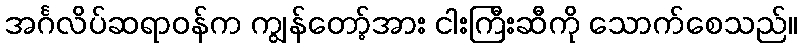
အင်္ဂလိပ်ဆရာဝန်က ကျွန်တော့်အား ငါးကြီးဆီကို သောက်စေသည်။